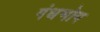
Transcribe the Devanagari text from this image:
गंधभोग